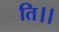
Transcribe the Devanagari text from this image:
ति।।